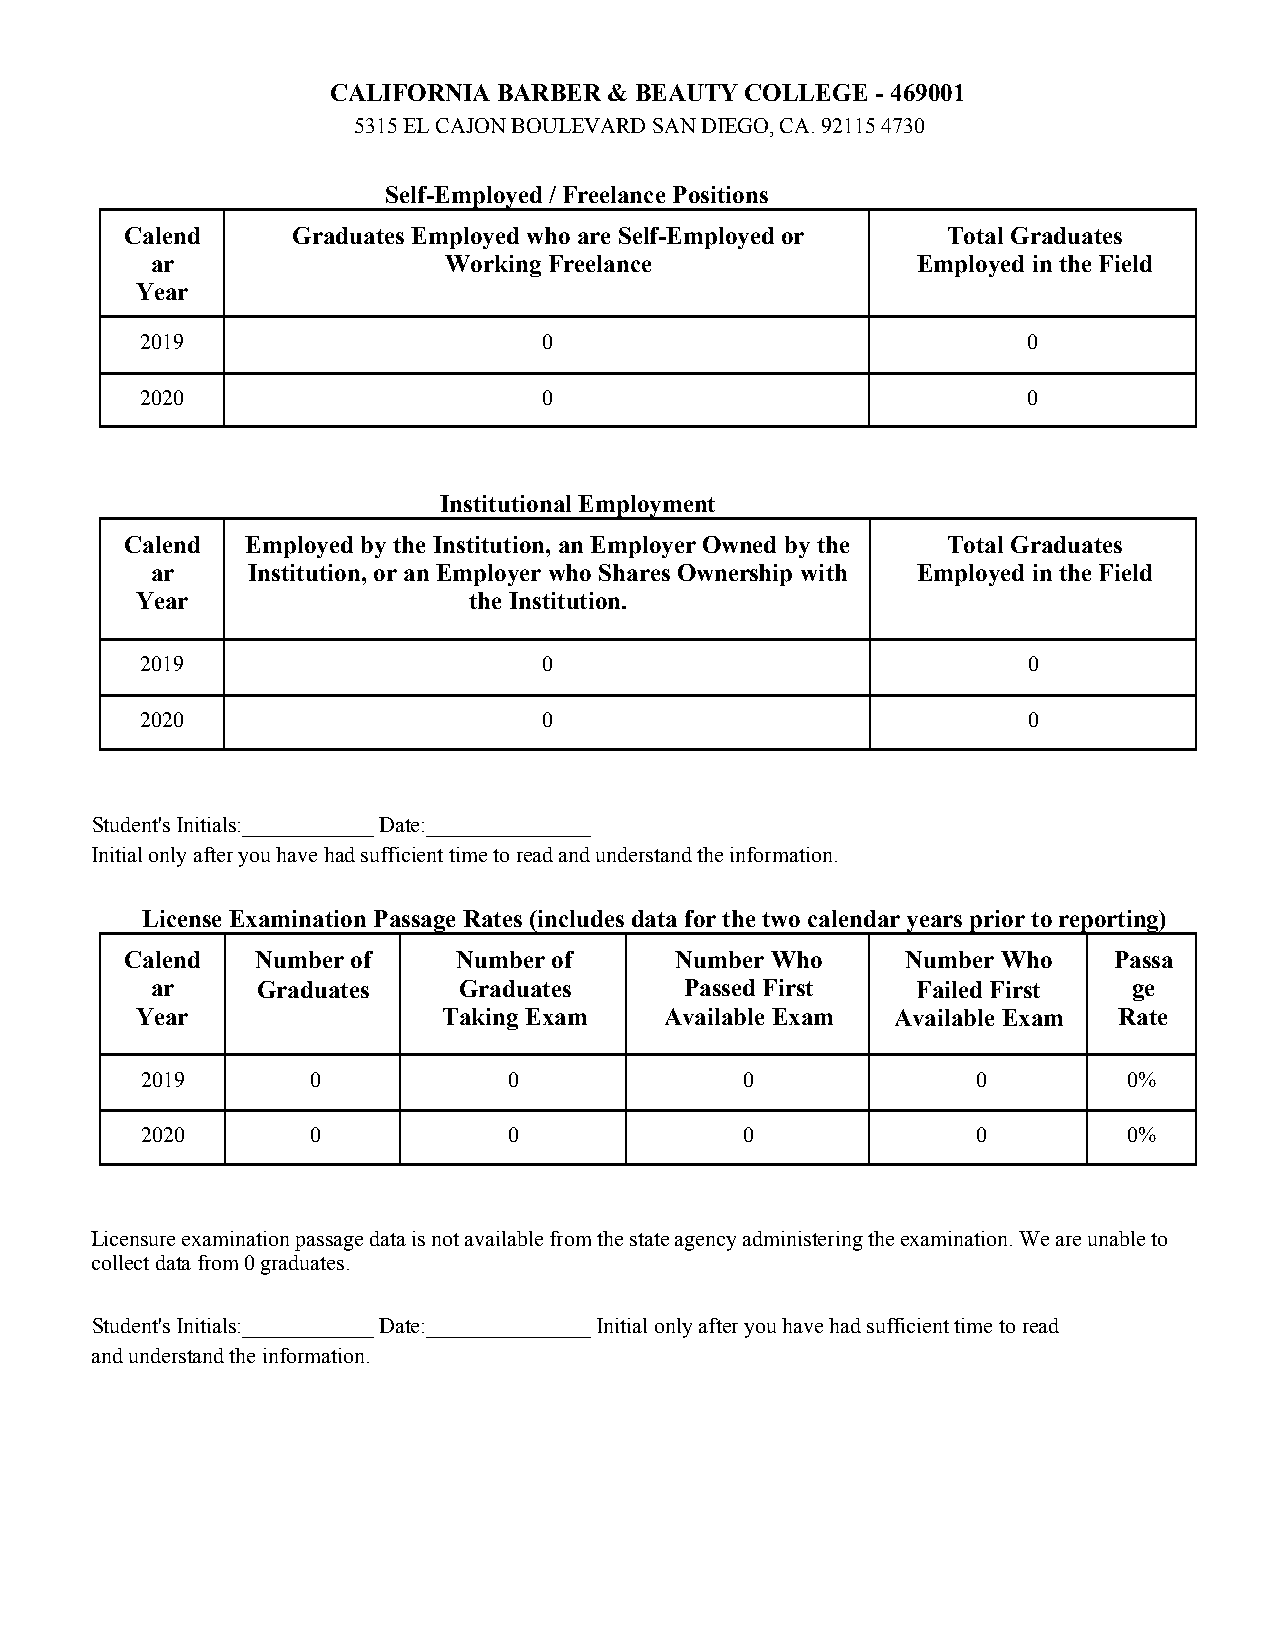
CALIFORNIA BARBER & BEAUTY COLLEGE  - 469001
 5315 EL CAJON BOULEVARD SAN DIEGO, CA. 92115 4730
 Self-Employed / Freelance Positions
 Calend     Graduates Employed who are Self-Employed or Total Graduates
 ar                 Working Freelance               Employed in the Field
 Year
 2019                       0                               0
 2020                       0                               0
 Institutional Employment
 Calend  Employed by the Institution, an Employer Owned by the Total Graduates
 ar    Institution, or an Employer who Shares Ownership with Employed in the Field
 Year                  the Institution.
 2019                       0                               0
 2020                       0                               0
 Student's Initials:____________ Date:_______________
 Initial only after you have had sufficient time to read and understand the information.
 License Examination Passage Rates (includes data for the two calendar years prior to reporting)
 Calend   Number of    Number of      Number Who     Number Who    Passa
 ar     Graduates    Graduates      Passed First    Failed First  ge
 Year                Taking Exam    Available Exam Available Exam Rate
 2019        0            0              0               0         0%
 2020        0            0              0               0         0%
 Licensure examination passage data is not available from the state agency administering the examination. We are unable to
 collect data from 0 graduates.
 Student's Initials:____________ Date:_______________ Initial only after you have had sufficient time to read
 and understand the information.